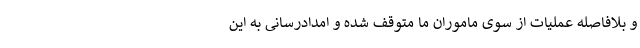
و بلافاصله عملیات از سوی ماموران ما متوقف شده و امدادرسانی به این